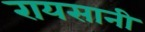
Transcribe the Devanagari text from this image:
रायसानी